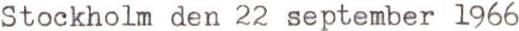
Stockholm den 22 september 1966